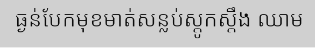
ធ្ងន់បែកមុខមាត់សន្លប់ស្តូកស្តឹង ឈាម